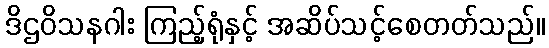
ဒိဌဝိသနဂါး ကြည့်ရုံနှင့် အဆိပ်သင့်စေတတ်သည်။